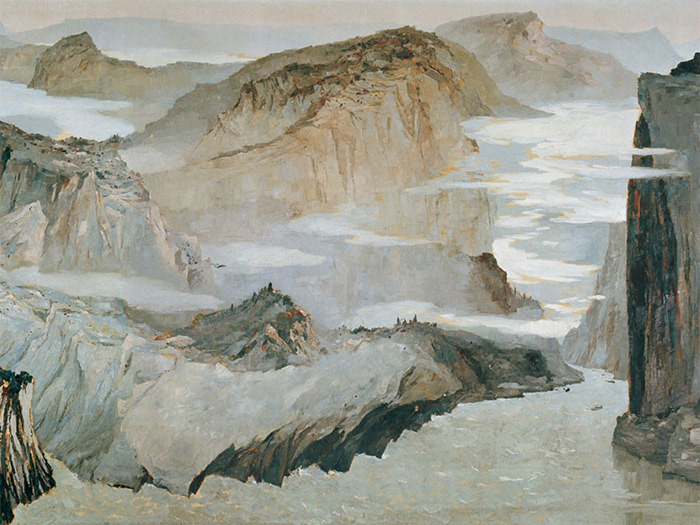
五更鼓角声悲壮，三峡星河影动摇。